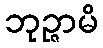
ဘုဉ္ဇာမိ